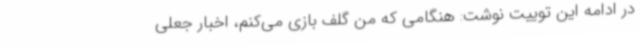
در ادامه این توییت نوشت: هنگامی که من گلف بازی می‌کنم، اخبار جعلی